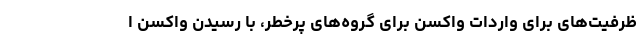
ظرفیت‌های برای واردات واکسن برای گروه‌های پرخطر، با رسیدن واکسن ا